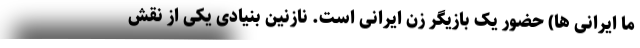
ما ایرانی ها) حضور یک بازیگر زن ایرانی است. نازنین بنیادی یکی از نقش